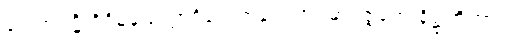
ရေဏုဝဋ္ဋိ ဝိဝိဓနယတ္တာဒိဟေတုနာ ကာရမာပဇ္ဇတေ နိဋ္ဌုဘိတွာဝ